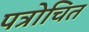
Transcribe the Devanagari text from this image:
पत्रोचित